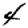
Digit: 4